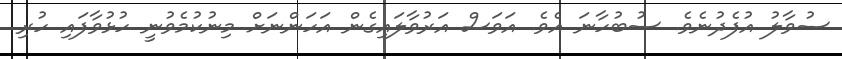
ސުވާލު އުފެދުނެވެ. ސުބުހާނަ އެވެ. އަވަސް އަރުވާލައިގެން އަހަންނަށް މިނުކުމެވުނީ ހުޅުވާފައި ހުރި